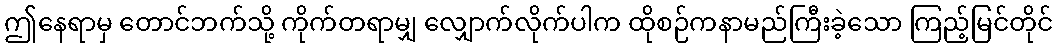
ဤနေရာမှ တောင်ဘက်သို့ ကိုက်တရာမျှ လျှောက်လိုက်ပါက ထိုစဉ်ကနာမည်ကြီးခဲ့သော ကြည့်မြင်တိုင်